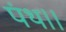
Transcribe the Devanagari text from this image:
पंथ।।